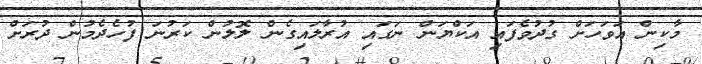
މާކިން އަވަހަށް ގުދުވެފައި އަކްޔަން ނަގައި އުރާލައިގެން ލޮލުން ކަރުނަ ފުހެދެމުން ދުރަށް